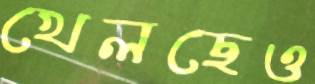
খেলছেও